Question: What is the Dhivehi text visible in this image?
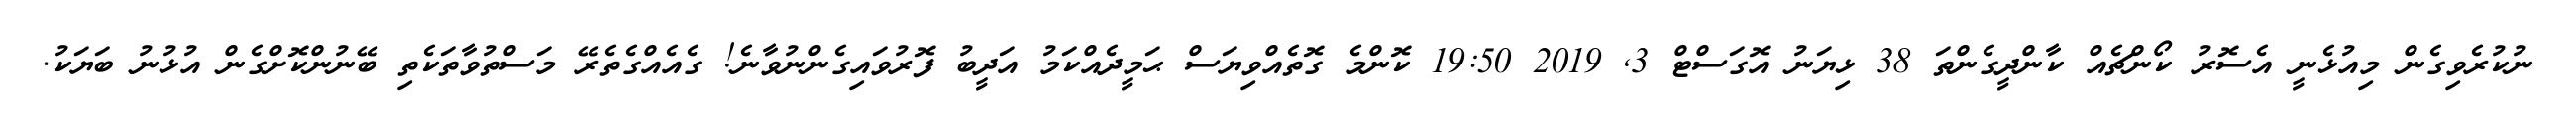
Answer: ނުކުރެވިގެން މިއުޅެނީ އެސޮރު ކޯންޗެއް ކާންދީގެންތަ 38 ޅިޔަނު އޮގަސްޓް 3, 2019 19:50 ކޮންމެ ގޮތެއްވިޔަސް ޙަމީދެއްކަމު އަދީބު ފޮރުވައިގެންނުވާނެ! ގެއެއްގެތެރޭ މަސްތުވާތަކެތި ބޭނުންކޮށްގެން އުޅުނު ބަޔަކު.